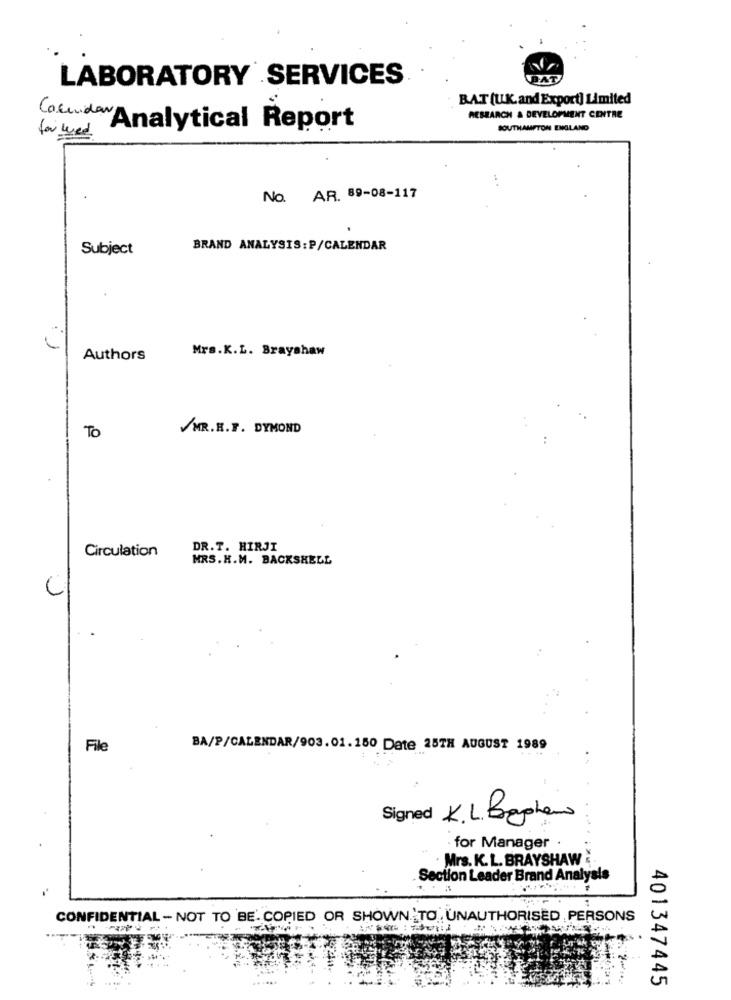
LABORATORY SERVICES
BAT (U.K.and Export] Limited
RESEARCH & DEVELOPMENT CENTRE
Cocuidar Analytical Report
for wed
SOUTHAMPTON ENGLAND
No. AR. 89-08-117
Subject
BRAND ANALYSIS: P/CALENDAR
Mrs.K.L. Brayshaw
Authors
/MR.H.F. DYMOND
To
Circulation
DR.T. HIRJI
MRS.H.M. BACKSHELL
C
File
BA/P/CALENDAR/903.01.150 Date 25TH AUGUST 1989
Signed K.L. Byphone
for Manager
Mrs. K. L. BRAYSHAW
Section Leader Brand Analysis
CONFIDENTIAL - NOT TO BE. COPIED OR SHOWN. TO ., UNAUTHORISED , PERSONS
----
401347445